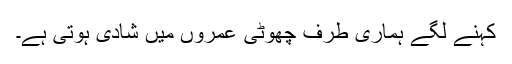
کہنے لگے ہماری طرف چھوٹی عمروں میں شادی ہوتی ہے۔